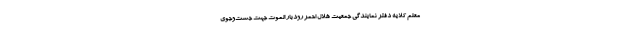
معلم کلایه دفتر نمایندگی جمعیت هلال احمر رودبار الموت جهت جست‌وجوی